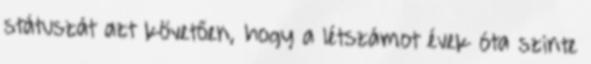
státuszát azt követően, hogy a létszámot évek óta szinte